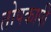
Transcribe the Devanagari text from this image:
तोपकापी